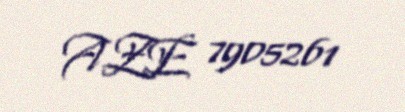
AZE 7905261